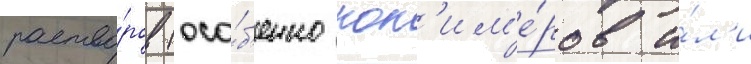
раство́ров (осо́б'енно пол'им'е́ров и́л'и